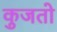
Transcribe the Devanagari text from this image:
कुजतो